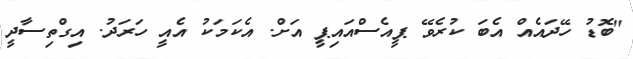
"ބޮޑު ހޭދައެއް އެބަ ކުރެވޭ ޕީއެސްއައިޕީ އަށް. އެކަމަކު އެއީ ހަރަދު. އިގްތިސާދީ